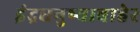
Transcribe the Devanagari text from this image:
इंद्रधनुष्याबाहेर